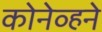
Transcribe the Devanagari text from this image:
कोनेव्हने